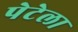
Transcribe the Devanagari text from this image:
पेटेला